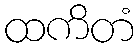
ထကိတံ